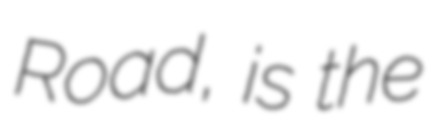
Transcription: Road, is the